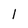
Character: 1